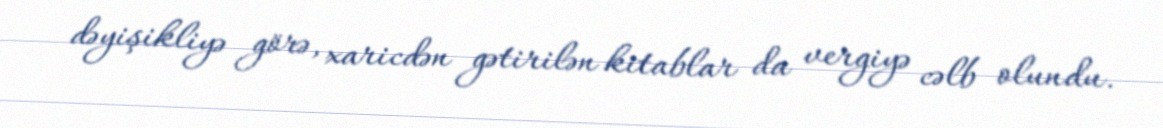
dəyişikliyə görə, xaricdən gətirilən kitablar da vergiyə cəlb olundu.